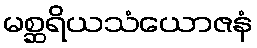
မစ္ဆရိယသံယောဇနံ